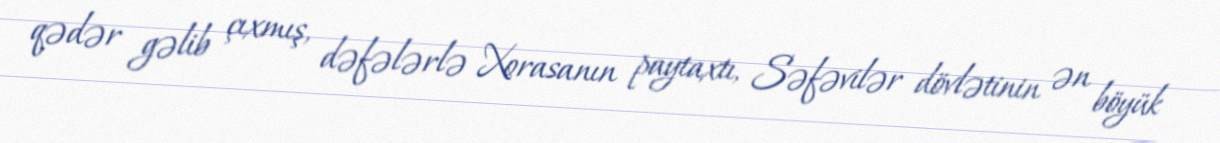
qədər gəlib çıxmış, dəfələrlə Xorasanın paytaxtı, Səfəvilər dövlətinin ən böyük